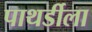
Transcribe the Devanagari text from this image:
पाथर्डीला